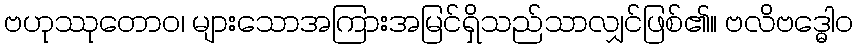
ဗဟုဿုတောဝ၊ များသောအကြားအမြင်ရှိသည်သာလျှင်ဖြစ်၏။ ဗလိဗဒ္ဓေါဝ